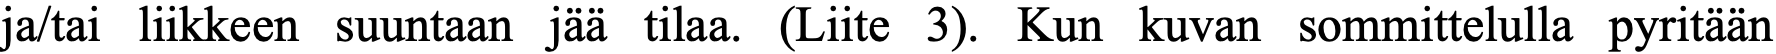
ja/tai liikkeen suuntaan jää tilaa. (Liite 3). Kun kuvan sommittelulla pyritään